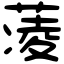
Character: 蓤